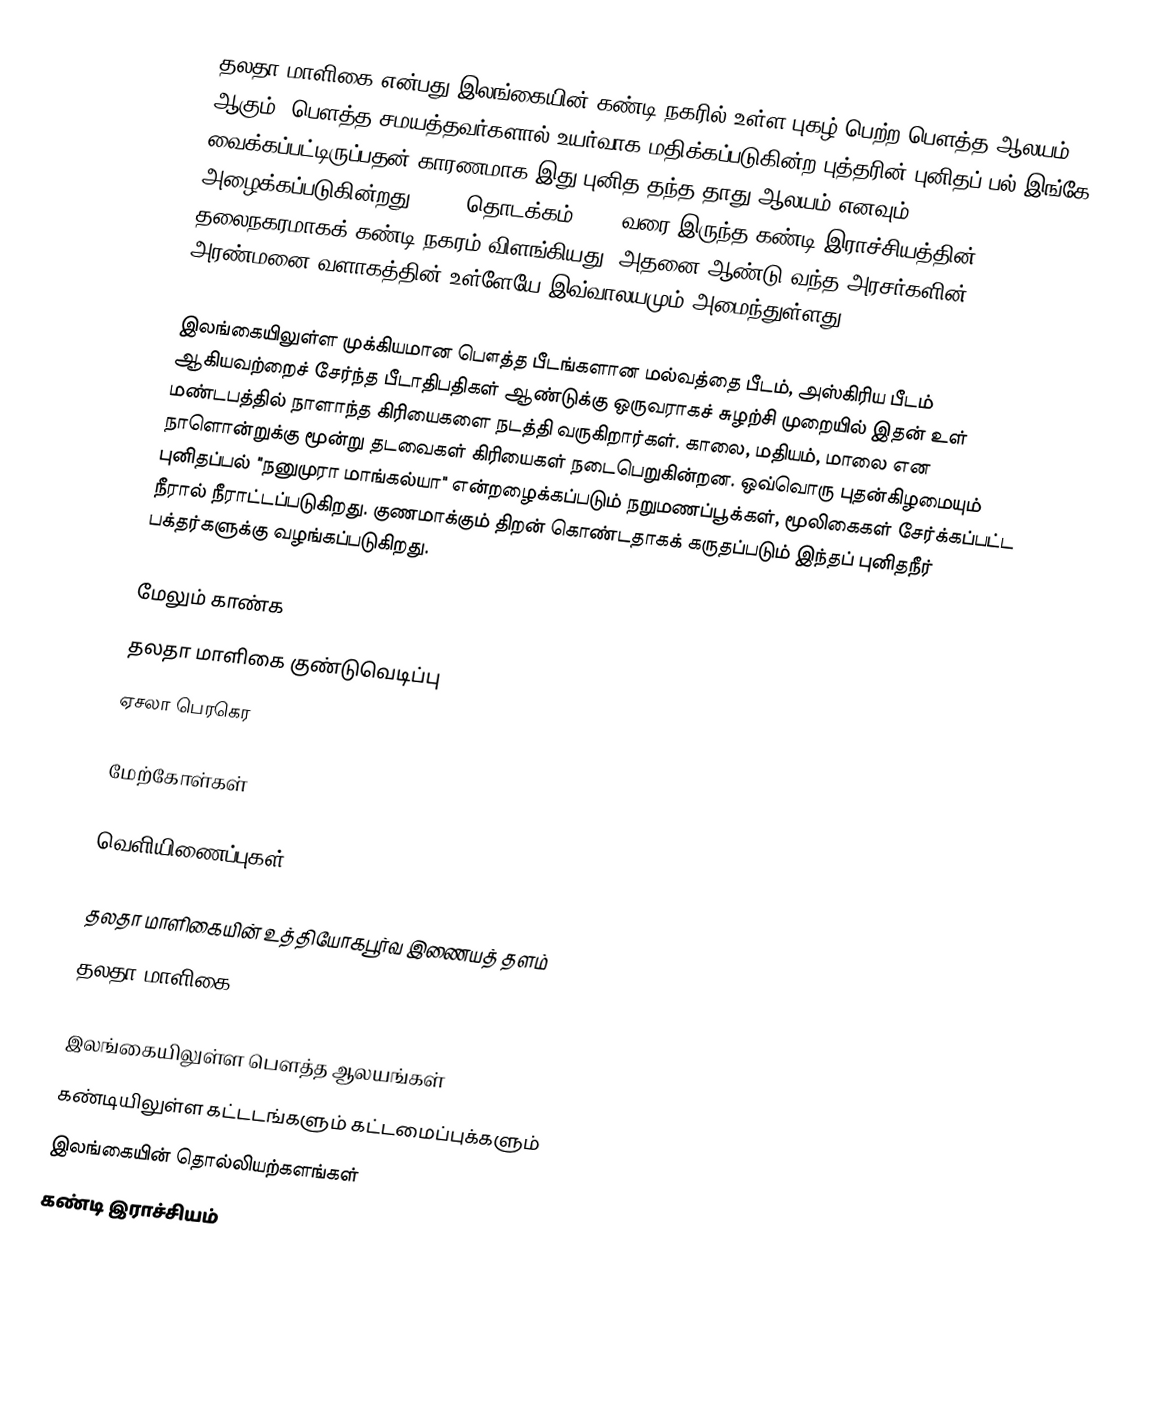
தலதா மாளிகை என்பது இலங்கையின் கண்டி நகரில் உள்ள புகழ் பெற்ற பௌத்த ஆலயம் ஆகும். பௌத்த சமயத்தவர்களால் உயர்வாக மதிக்கப்படுகின்ற புத்தரின் புனிதப் பல் இங்கே வைக்கப்பட்டிருப்பதன் காரணமாக இது புனித தந்த தாது ஆலயம் எனவும் அழைக்கப்படுகின்றது. 1592 தொடக்கம் 1815 வரை இருந்த கண்டி இராச்சியத்தின் தலைநகரமாகக் கண்டி நகரம் விளங்கியது. அதனை ஆண்டு வந்த அரசர்களின் அரண்மனை வளாகத்தின் உள்ளேயே இவ்வாலயமும் அமைந்துள்ளது.

இலங்கையிலுள்ள முக்கியமான பௌத்த பீடங்களான மல்வத்தை பீடம், அஸ்கிரிய பீடம் ஆகியவற்றைச் சேர்ந்த பீடாதிபதிகள் ஆண்டுக்கு ஒருவராகச் சுழற்சி முறையில் இதன் உள் மண்டபத்தில் நாளாந்த கிரியைகளை நடத்தி வருகிறார்கள். காலை, மதியம், மாலை என நாளொன்றுக்கு மூன்று தடவைகள் கிரியைகள் நடைபெறுகின்றன. ஒவ்வொரு புதன்கிழமையும் புனிதப்பல் "நனுமுரா மாங்கல்யா" என்றழைக்கப்படும் நறுமணப்பூக்கள், மூலிகைகள் சேர்க்கப்பட்ட நீரால் நீராட்டப்படுகிறது. குணமாக்கும் திறன் கொண்டதாகக் கருதப்படும் இந்தப் புனிதநீர் பக்தர்களுக்கு வழங்கப்படுகிறது.

மேலும் காண்க
தலதா மாளிகை குண்டுவெடிப்பு
ஏசலா பெரகெர

மேற்கோள்கள்

வெளியிணைப்புகள்

 தலதா மாளிகையின் உத்தியோகபூர்வ இணையத் தளம்
 தலதா மாளிகை

இலங்கையிலுள்ள பௌத்த ஆலயங்கள்
கண்டியிலுள்ள கட்டடங்களும் கட்டமைப்புக்களும்
இலங்கையின் தொல்லியற்களங்கள்
கண்டி இராச்சியம்